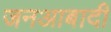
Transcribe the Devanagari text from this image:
जनआबादी